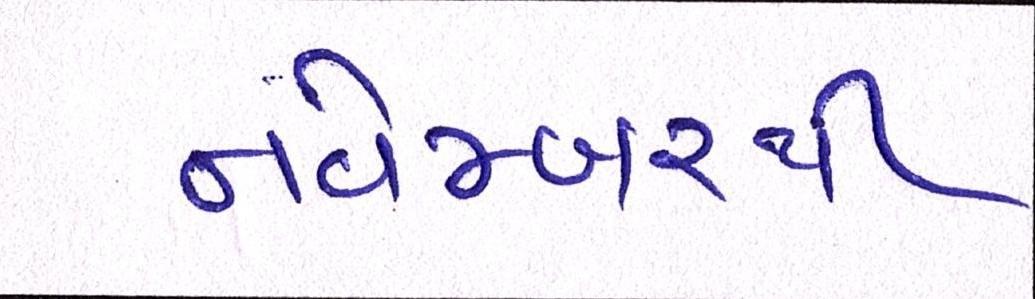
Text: નવેમ્બરથી